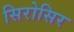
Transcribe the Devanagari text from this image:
सिरोसिर